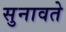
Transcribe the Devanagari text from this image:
सुनावते